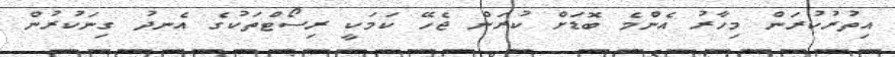
އިތުރުކުރަން މިހާރު އެންމެ ބޮޑަށް ކުރަން ޖެހޭ ކަމަކީ ރިސޯޓްތަކުގެ އެނދު ގިނަކުރުން